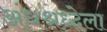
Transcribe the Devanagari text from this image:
अंधश्रध्देला